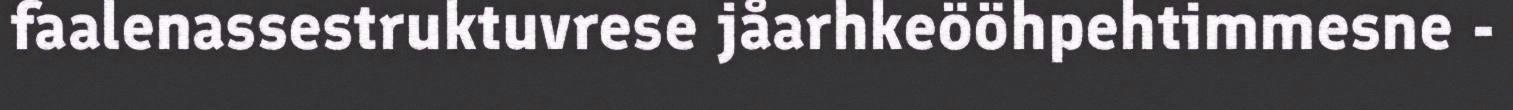
faalenassestruktuvrese jåarhkeööhpehtimmesne -